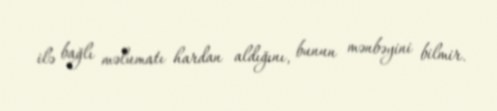
ilə bağlı məlumatı hardan aldığını, bunun mənbəyini bilmir.